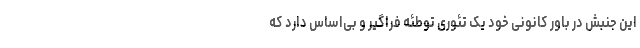
این جنبش در باور کانونی خود یک تئوری توطئه فراگیر و بی‌اساس دارد که